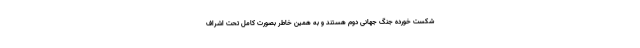
شکست خورده جنگ جهانی دوم هستند و به همین خاطر بصورت کامل تحت اشراف